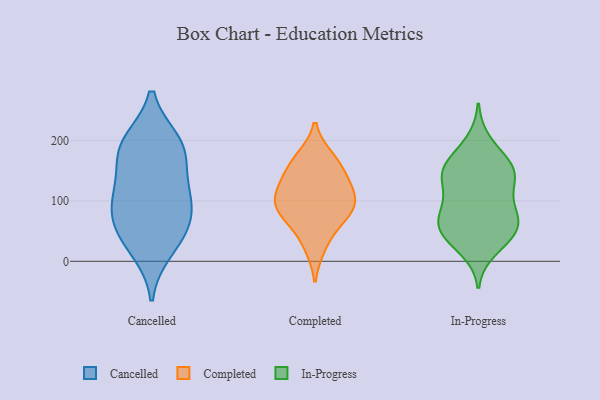
{"axis": {"x": "Revenue (USD Million)", "y": "Value"}, "legend": ["Cancelled", "Completed", "In-Progress"], "data": [{"x": "", "y": 102, "type": "Cancelled"}, {"x": "", "y": 19, "type": "Cancelled"}, {"x": "", "y": 70, "type": "Cancelled"}, {"x": "", "y": 168, "type": "Cancelled"}, {"x": "", "y": 195, "type": "Cancelled"}, {"x": "", "y": 185, "type": "Cancelled"}, {"x": "", "y": 42, "type": "Cancelled"}, {"x": "", "y": 59, "type": "Cancelled"}, {"x": "", "y": 111, "type": "Cancelled"}, {"x": "", "y": 197, "type": "Cancelled"}, {"x": "", "y": 112, "type": "Cancelled"}, {"x": "", "y": 141, "type": "Completed"}, {"x": "", "y": 171, "type": "Completed"}, {"x": "", "y": 85, "type": "Completed"}, {"x": "", "y": 24, "type": "Completed"}, {"x": "", "y": 61, "type": "Completed"}, {"x": "", "y": 103, "type": "Completed"}, {"x": "", "y": 165, "type": "Completed"}, {"x": "", "y": 109, "type": "Completed"}, {"x": "", "y": 78, "type": "Completed"}, {"x": "", "y": 99, "type": "Completed"}, {"x": "", "y": 133, "type": "Completed"}, {"x": "", "y": 47, "type": "In-Progress"}, {"x": "", "y": 99, "type": "In-Progress"}, {"x": "", "y": 40, "type": "In-Progress"}, {"x": "", "y": 169, "type": "In-Progress"}, {"x": "", "y": 19, "type": "In-Progress"}, {"x": "", "y": 43, "type": "In-Progress"}, {"x": "", "y": 155, "type": "In-Progress"}, {"x": "", "y": 84, "type": "In-Progress"}, {"x": "", "y": 198, "type": "In-Progress"}, {"x": "", "y": 68, "type": "In-Progress"}, {"x": "", "y": 127, "type": "In-Progress"}, {"x": "", "y": 59, "type": "In-Progress"}, {"x": "", "y": 155, "type": "In-Progress"}, {"x": "", "y": 141, "type": "In-Progress"}, {"x": "", "y": 148, "type": "In-Progress"}, {"x": "", "y": 61, "type": "In-Progress"}, {"x": "", "y": 138, "type": "In-Progress"}, {"x": "", "y": 84, "type": "In-Progress"}]}